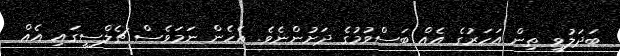
ބަދަލުވީ ތިން އަހަރުގެ އެއް ބަސްވުމުގެ ދަށުންނެވެ. އެހެން ނަމަވެސް ޗެލްސީގައި އެއް